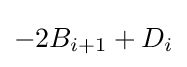
-2B_{i+1}+D_{i}